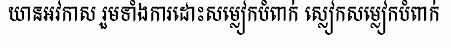
យានអវកាស រួមទាំងការដោះសម្លៀកបំពាក់ ស្លៀកសម្លៀកបំពាក់